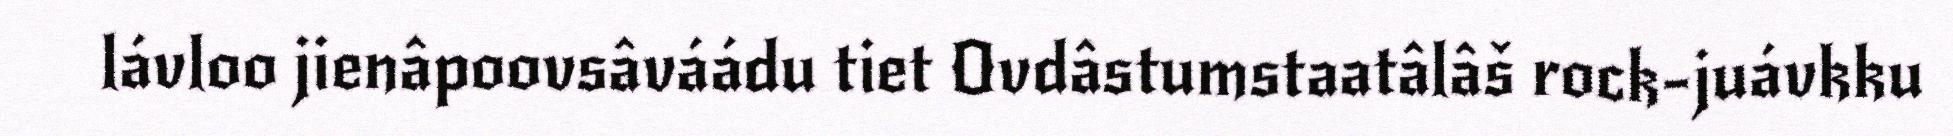
lávloo jienâpoovsâváádu tiet Ovdâstumstaatâlâš rock-juávkku